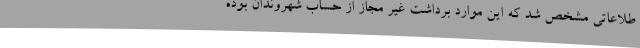
طلاعاتی مشخص شد که این موارد برداشت غیر مجاز از حساب شهروندان بوده